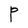
Character: P